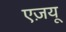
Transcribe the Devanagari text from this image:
एज़यू